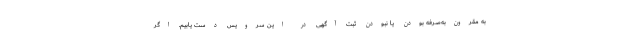
به مقرون‌به‌صرفه بودن یا نبودن ثبت آگهی در این سرویس دست یابیم. اگر